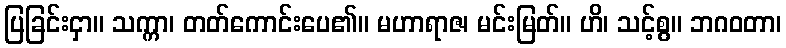
ပြခြင်းငှာ။ သက္ကာ၊ တတ်ကောင်းပေ၏။ မဟာရာဇ၊ မင်းမြတ်။ ဟိ၊ သင့်စွ။ ဘဂဝတာ၊